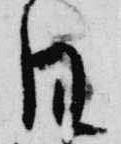
日